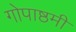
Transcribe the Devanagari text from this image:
गोपाष्ठमी